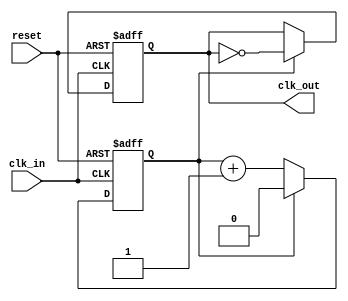
module clock_divider #(
    parameter DIV_FACTOR = 2  // Set the default division factor to 2
) (
    input wire clk_in,        // Input clock signal
    input wire reset,         // Asynchronous active-high reset signal
    output reg clk_out        // Divided clock output signal
);

    // Internal counter variable
    reg [$clog2(DIV_FACTOR)-1:0] counter; // Counter width based on DIV_FACTOR

    // Always block triggered on the rising edge of clk_in
    always @(posedge clk_in or posedge reset) begin
        if (reset) begin
            counter <= 0;    // Reset the counter
            clk_out <= 0;    // Initialize clk_out to low
        end else begin
            if (counter == (DIV_FACTOR - 1)) begin
                clk_out <= ~clk_out; // Toggle clk_out
                counter <= 0;         // Reset the counter
            end else begin
                counter <= counter + 1; // Increment the counter
            end
        end
    end

endmodule